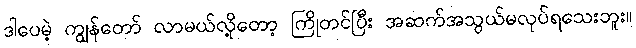
ဒါပေမဲ့ ကျွန်တော် လာမယ်လို့တော့ ကြိုတင်ပြီး အဆက်အသွယ်မလုပ်ရသေးဘူး။